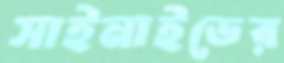
সাইনাইডের